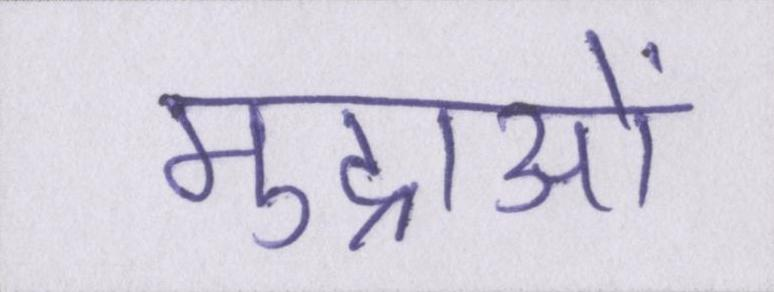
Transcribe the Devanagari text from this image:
मुद्राओं